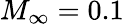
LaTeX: M_{\infty}=0.1